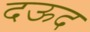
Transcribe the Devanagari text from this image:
दऊद